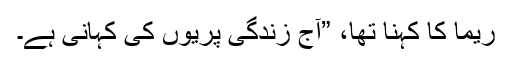
ریما کا کہنا تھا، ”آج زندگی پریوں کی کہانی ہے۔